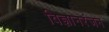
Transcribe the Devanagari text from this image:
विज्ञानरंजन